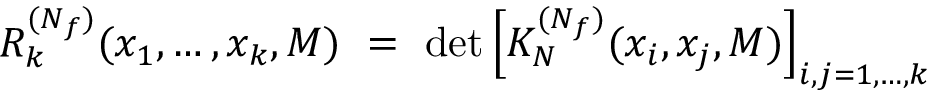
R _ { k } ^ { ( N _ { f } ) } ( x _ { 1 } , \ldots , x _ { k } , M ) \ = \ \operatorname * { d e t } \left[ K _ { N } ^ { ( N _ { f } ) } ( x _ { i } , x _ { j } , M ) \right] _ { i , j = 1 , \ldots , k }